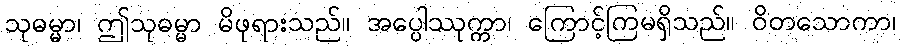
သုဓမ္မာ၊ ဤသုဓမ္မာ မိဖုရားသည်။ အပ္ပေါဿုက္ကာ၊ ကြောင့်ကြမရှိသည်။ ဝိတသောကာ၊